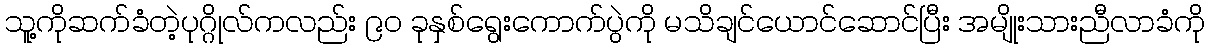
သူ့ကိုဆက်ခံတဲ့ပုဂ္ဂိုလ်ကလည်း ၉၀ ခုနှစ်ရွေးကောက်ပွဲကို မသိချင်ယောင်ဆောင်ပြီး အမျိုးသားညီလာခံကို